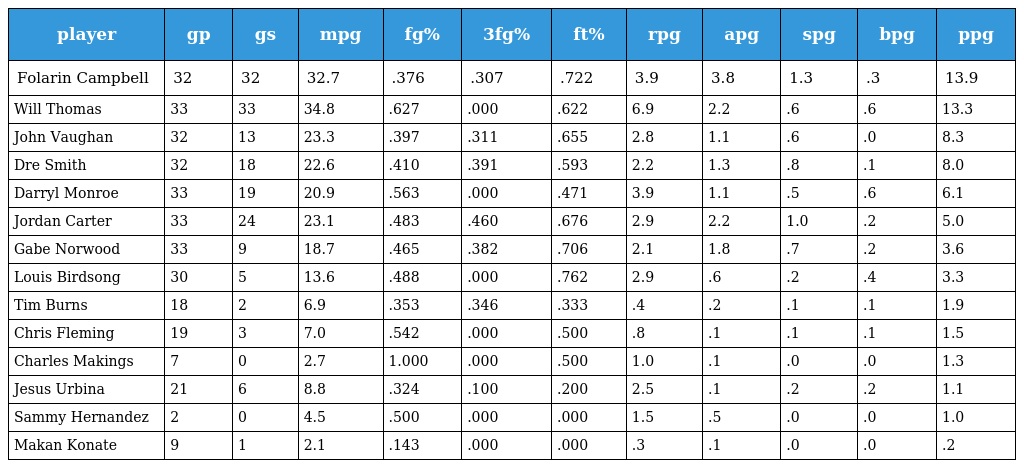
| player | gp | gs | mpg | fg% | 3fg% | ft% | rpg | apg | spg | bpg | ppg |
 | --- | --- | --- | --- | --- | --- | --- | --- | --- | --- | --- | --- |
 | Folarin Campbell | 32 | 32 | 32.7 | .376 | .307 | .722 | 3.9 | 3.8 | 1.3 | .3 | 13.9 |
 | Will Thomas | 33 | 33 | 34.8 | .627 | .000 | .622 | 6.9 | 2.2 | .6 | .6 | 13.3 |
 | John Vaughan | 32 | 13 | 23.3 | .397 | .311 | .655 | 2.8 | 1.1 | .6 | .0 | 8.3 |
 | Dre Smith | 32 | 18 | 22.6 | .410 | .391 | .593 | 2.2 | 1.3 | .8 | .1 | 8.0 |
 | Darryl Monroe | 33 | 19 | 20.9 | .563 | .000 | .471 | 3.9 | 1.1 | .5 | .6 | 6.1 |
 | Jordan Carter | 33 | 24 | 23.1 | .483 | .460 | .676 | 2.9 | 2.2 | 1.0 | .2 | 5.0 |
 | Gabe Norwood | 33 | 9 | 18.7 | .465 | .382 | .706 | 2.1 | 1.8 | .7 | .2 | 3.6 |
 | Louis Birdsong | 30 | 5 | 13.6 | .488 | .000 | .762 | 2.9 | .6 | .2 | .4 | 3.3 |
 | Tim Burns | 18 | 2 | 6.9 | .353 | .346 | .333 | .4 | .2 | .1 | .1 | 1.9 |
 | Chris Fleming | 19 | 3 | 7.0 | .542 | .000 | .500 | .8 | .1 | .1 | .1 | 1.5 |
 | Charles Makings | 7 | 0 | 2.7 | 1.000 | .000 | .500 | 1.0 | .1 | .0 | .0 | 1.3 |
 | Jesus Urbina | 21 | 6 | 8.8 | .324 | .100 | .200 | 2.5 | .1 | .2 | .2 | 1.1 |
 | Sammy Hernandez | 2 | 0 | 4.5 | .500 | .000 | .000 | 1.5 | .5 | .0 | .0 | 1.0 |
 | Makan Konate | 9 | 1 | 2.1 | .143 | .000 | .000 | .3 | .1 | .0 | .0 | .2 |